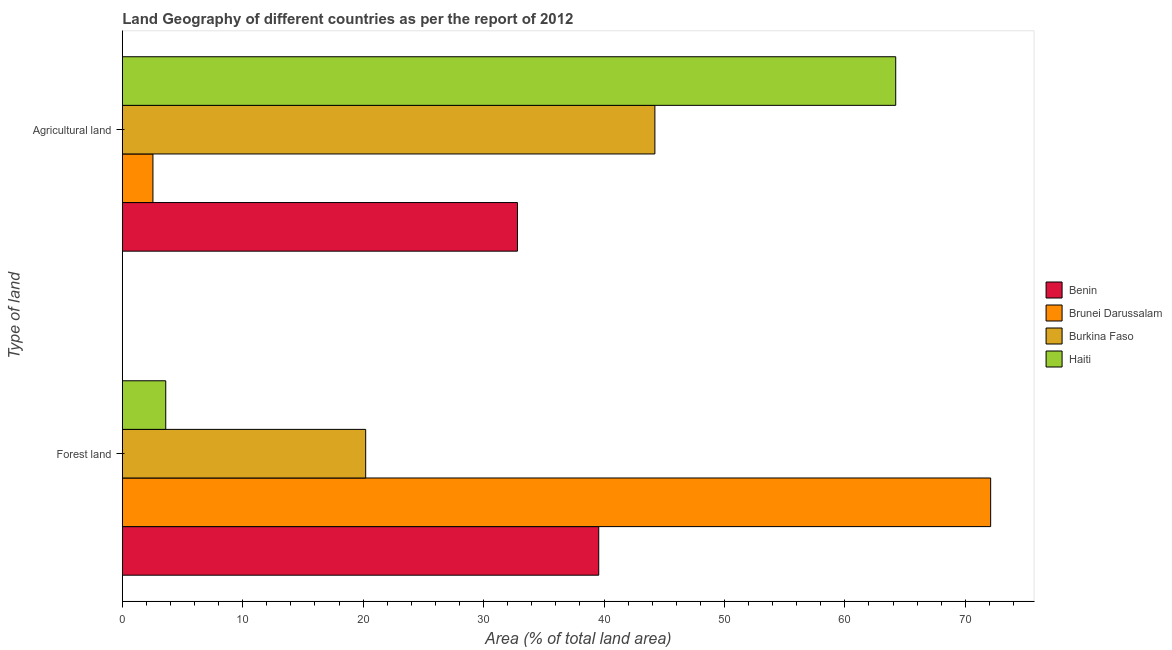
| Type of land | Benin | Brunei Darussalam | Burkina Faso | Haiti |
 | --- | --- | --- | --- | --- |
 | Forest land | 39.6 | 72.1 | 20.2 | 3.61 |
 | Agricultural land | 32.8 | 2.54 | 44.2 | 64.2 |